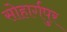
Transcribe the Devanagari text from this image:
सोहार्गपुर